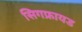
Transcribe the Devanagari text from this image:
सिगफ्रायड